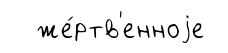
же́ртв'енноjе